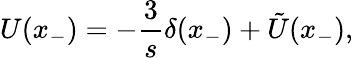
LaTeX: U(x_{-})=-\frac{3}{s}\delta(x_{-})+\tilde{U}(x_{-}),